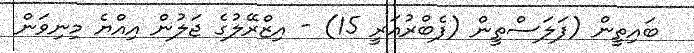
ބައިތީން (ފަލަސްތީން (ފެބްރުއަރީ 15) - އިޒްރޭލުގެ ޖަލުން އިއްޔެ މިނިވަން